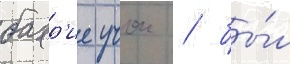
бахр'ие учок / бы́л